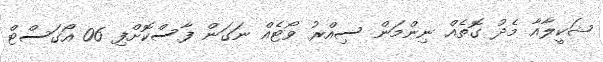
ޝަކީލާއާ މެދު ގޮތެއް ނިންމަން ސިއްރު ވޯޓެއް ނަގަން ފާސްކޮށްފި 06 އޯގަސްޓް